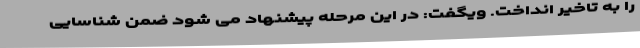
را به تاخیر انداخت. ویگفت: در این مرحله پیشنهاد می شود ضمن شناسایی